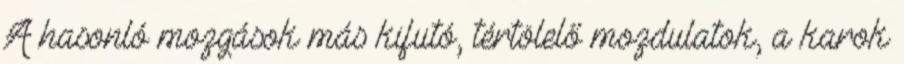
A hasonló mozgások más kifutó, tértölelő mozdulatok, a karok